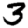
Digit: 3